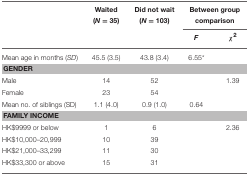
<table><thead><tr><td></td><td><b>Waited (<i>N</i> = 35)</b></td><td><b>Did not wait (<i>N</i> = 103)</b></td><td colspan="2"><b>Between group comparison</b></td></tr><tr><td></td><td></td><td></td><td><b><i>F</i></b></td><td><b>χ<sup>2</sup></b></td></tr></thead><tbody><tr><td>Mean age in months (<i>SD</i>)</td><td>45.5 (3.5)</td><td>43.8 (3.4)</td><td>6.55<sup>*</sup></td><td></td></tr><tr><td colspan="5"><b>GENDER</b></td></tr><tr><td>Male</td><td>14</td><td>52</td><td></td><td>1.39</td></tr><tr><td>Female</td><td>23</td><td>54</td><td></td><td></td></tr><tr><td>Mean no. of siblings (SD)</td><td>1.1 (4.0)</td><td>0.9 (1.0)</td><td>0.64</td><td></td></tr><tr><td colspan="5"><b>FAMILY INCOME</b></td></tr><tr><td>HK$9999 or below</td><td>1</td><td>6</td><td></td><td>2.36</td></tr><tr><td>HK$10,000–20,999</td><td>10</td><td>39</td><td></td><td></td></tr><tr><td>HK$21,000–33,299</td><td>11</td><td>30</td><td></td><td></td></tr><tr><td>HK$33,300 or above</td><td>15</td><td>31</td><td></td><td></td></tr></tbody></table>